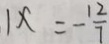
1 x = - \frac { 1 2 } { 7 }